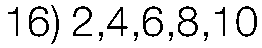
16) 2,4,6,8,10